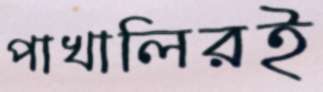
পাখালিরই